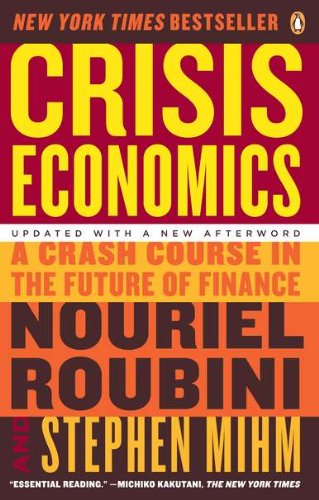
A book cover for Crisis Economics: A Crash Course in the Future of Finance; Nouriel Roubini; Business & Money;